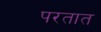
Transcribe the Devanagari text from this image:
परतात